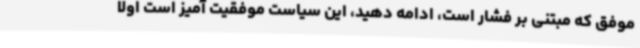
موفق که مبتنی بر فشار است، ادامه دهید، این سیاست موفقیت آمیز است اولاً